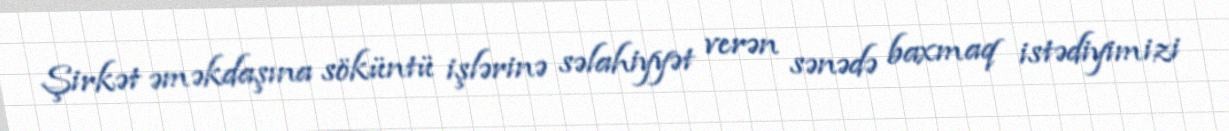
Şirkət əməkdaşına söküntü işlərinə səlahiyyət verən sənədə baxmaq istədiyimizi